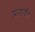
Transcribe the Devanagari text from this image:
प्रत्यकी